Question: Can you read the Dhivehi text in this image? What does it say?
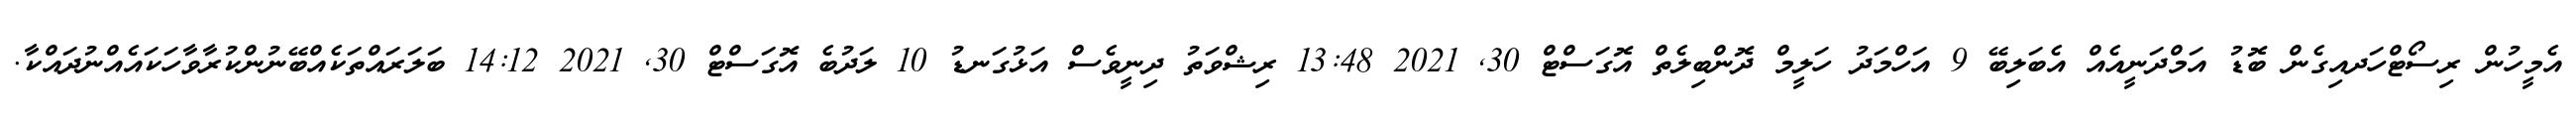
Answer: އެމީހުން ރިސޯޓްހަދއިގެން ބޮޑު އަމްދަނީއެއް އެބަލިބޭ 9 އަހްމަދު ހަލީމް ދޮންބިލެތް އޮގަސްޓް 30, 2021 13:48 ރިޝްވަތު ދިނީވެސް އަޅުގަނޑު 10 ލަދުބެ އޮގަސްޓް 30, 2021 14:12 ބަލަރައްތަކެއްބޭނުންކުރާވާހަކައެއްނުދައްކާ.